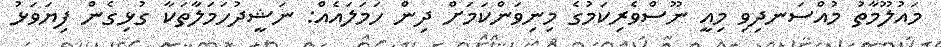
މައުލޫމާތު މުއްސަނދިވި މިއީ ނޫސްވެރިކަމުގެ މިނިވަންކަމަށް ދިން ހަމަލައެއް: ނަޝީދުހަމަލާތަކާ ގުޅިގެން ފިޔަވަޅު